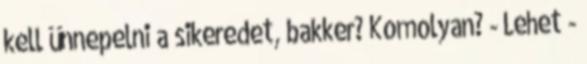
kell ünnepelni a sikeredet, bakker? Komolyan? - Lehet -